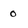
Character: 0